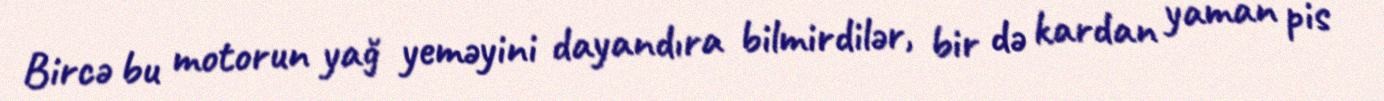
Bircə bu motorun yağ yeməyini dayandıra bilmirdilər, bir də kardan yaman pis